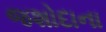
જશોદાના